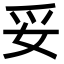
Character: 妥